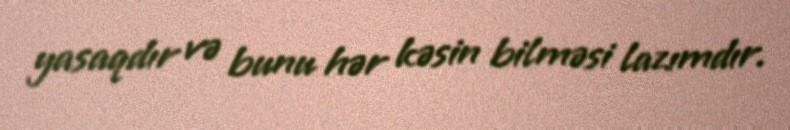
yasaqdır və bunu hər kəsin bilməsi lazımdır.